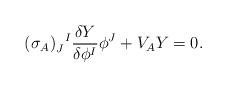
LaTeX: \begin{align*}(\sigma_A)_J^{~~\!I} \frac{\delta Y}{\delta \phi^I} \phi^J + V_A Y = 0.\end{align*}